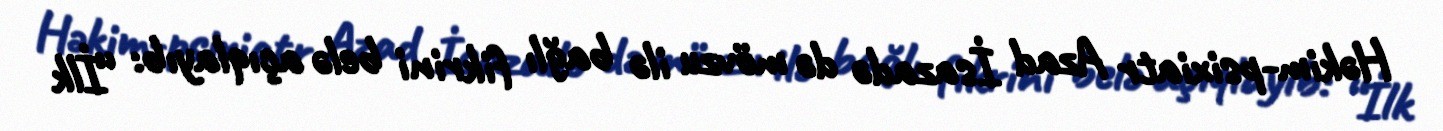
Həkim-psixiatr Azad İsazadə də mövzu ilə bağlı fikrini belə açıqlayıb: “İlk